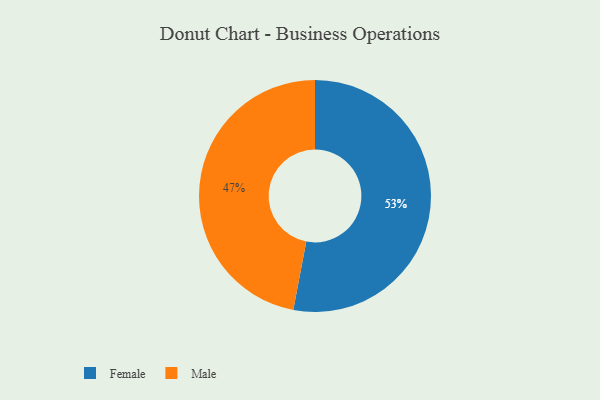
{"axis": {"x": "Category", "y": "Percentage"}, "legend": ["Female", "Male"], "data": [{"x": "Male", "y": 47, "type": "Male"}, {"x": "Female", "y": 53, "type": "Female"}]}